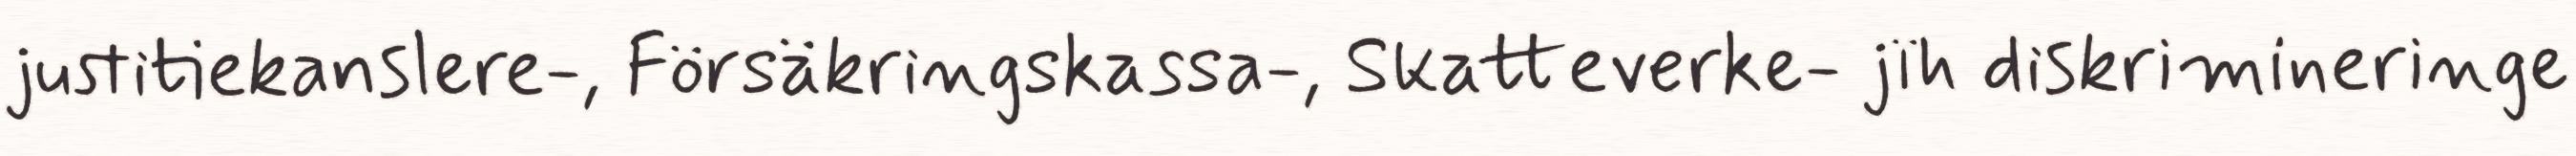
justitiekanslere-, Försäkringskassa-, Skatteverke- jïh diskrimineringe